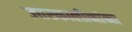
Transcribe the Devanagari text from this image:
उत्तरकालीनांना